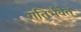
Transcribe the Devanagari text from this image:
गतिर्भवेत्